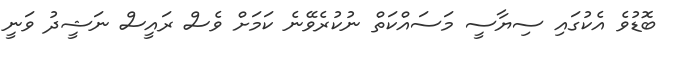
ބޮޑުވެ އެކުގައި ސިޔާސީ މަސައްކަތް ނުކުރެވޭނެ ކަމަށް ވެސް ރައީސް ނަޝީދު ވަނީ